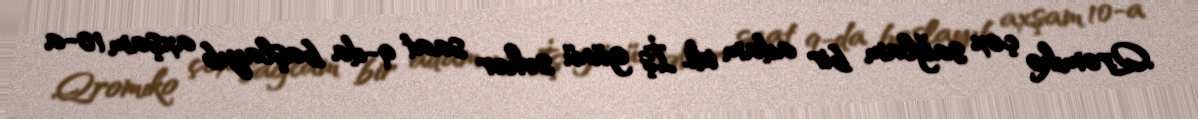
Qromıko çox sağlam bir adam idi. İş günü səhər saat 9-da başlayıb axşam 10-a